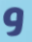
و